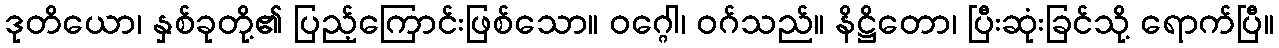
ဒုတိယော၊ နှစ်ခုတို့၏ ပြည့်ကြောင်းဖြစ်သော။ ဝဂ္ဂေါ၊ ဝဂ်သည်။ နိဋ္ဌိတော၊ ပြီးဆုံးခြင်သို့ ရောက်ပြီ။